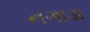
નગાડા